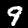
Label: 9